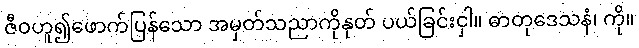
ဇီဝဟူ၍ဖောက်ပြန်သော အမှတ်သညာကိုနုတ် ပယ်ခြင်းငှါ။ ဓာတုဒေသနံ၊ ကို။